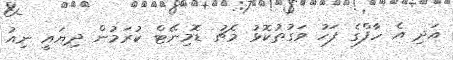
އަދި އެ ހާފްގެ ފަހު ވަގުތުކޮޅު މެޗު ޑޮމިނޭޓް ކުރަމުން ދިޔައީ ނިއު